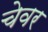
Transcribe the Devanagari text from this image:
चेवर